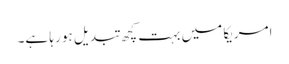
امریکا میں بہت کچھ تبدیل ہو رہا ہے۔